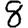
Digit: 8